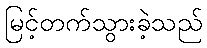
မြင့်တက်သွားခဲ့သည်